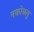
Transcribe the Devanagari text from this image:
नकोबलु